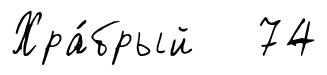
Хра́брый 74